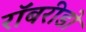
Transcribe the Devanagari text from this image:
रॉबरीडो